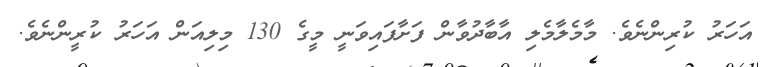
އަހަރު ކުރިންނެވެ. މާމެލާމެލި އާބާދުވާން ފަށާފައިވަނީ މީގެ 130 މިލިއަން އަހަރު ކުރީންނެވެ.